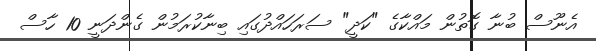
އެނޫސް ބުނާ ގޮތުން މައްކާގެ "ކަދީ" ސަރަހައްދުގައި ބިނާކުރަމުން ގެންދަނީ 10 ހާސް